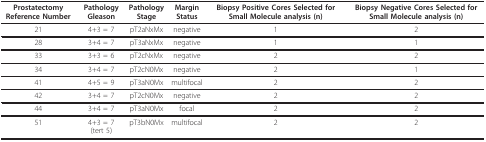
<table><thead><tr><td><b>Prostatectomy Reference Number</b></td><td><b>Pathology Gleason</b></td><td><b>Pathology Stage</b></td><td><b>Margin Status</b></td><td><b>Biopsy Positive Cores Selected for Small Molecule analysis (n)</b></td><td><b>Biopsy Negative Cores Selected for Small Molecule analysis (n)</b></td></tr></thead><tbody><tr><td>21</td><td>4+3 = 7</td><td>pT2aNxMx</td><td>negative</td><td>1</td><td>2</td></tr><tr><td>28</td><td>3+4 = 7</td><td>pT3aNxMx</td><td>negative</td><td>1</td><td>1</td></tr><tr><td>33</td><td>3+3 = 6</td><td>pT2cNxMx</td><td>negative</td><td>2</td><td>2</td></tr><tr><td>34</td><td>3+4 = 7</td><td>pT2cN0Mx</td><td>negative</td><td>2</td><td>1</td></tr><tr><td>41</td><td>4+5 = 9</td><td>pT3aN0Mx</td><td>multifocal</td><td>2</td><td>2</td></tr><tr><td>42</td><td>3+4 = 7</td><td>pT2cN0Mx</td><td>negative</td><td>2</td><td>2</td></tr><tr><td>44</td><td>3+4 = 7</td><td>pT3aN0Mx</td><td>focal</td><td>2</td><td>2</td></tr><tr><td>51</td><td>4+3 = 7 (tert 5)</td><td>pT3bN0Mx</td><td>multifocal</td><td>2</td><td>2</td></tr></tbody></table>